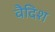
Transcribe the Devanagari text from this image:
वैदिश